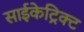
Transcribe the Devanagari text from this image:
साईकेट्रिक्ट